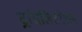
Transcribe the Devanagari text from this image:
ट्रांसलिटरेशन